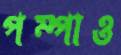
পম্পাও